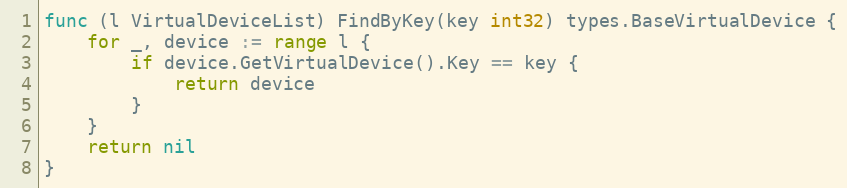
Language: Go
func (l VirtualDeviceList) FindByKey(key int32) types.BaseVirtualDevice {
	for _, device := range l {
		if device.GetVirtualDevice().Key == key {
			return device
		}
	}
	return nil
}